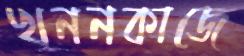
খননকাজে